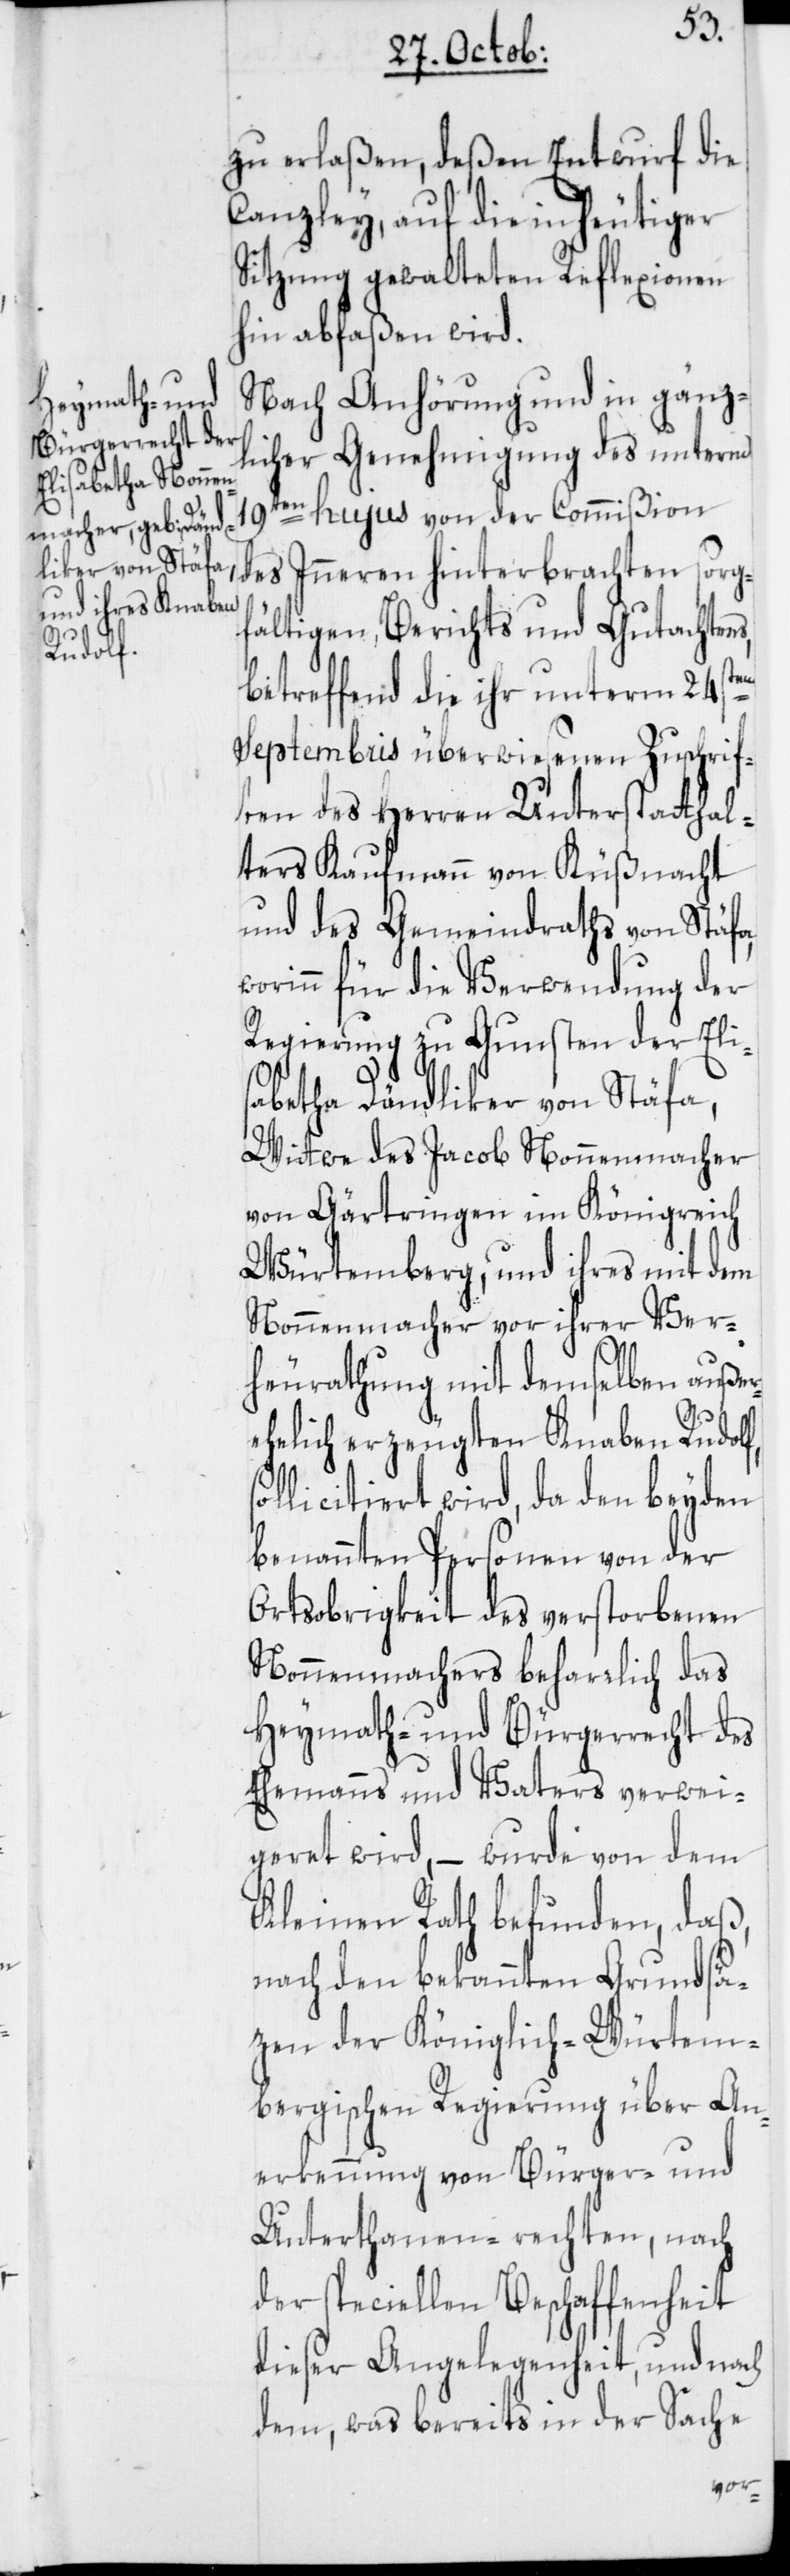
zu erlaßen, deßen Entwurf die
Canzley, auf die in heutiger
Sitzung gewalteten Reflexionen
hin abfaßen wird.
Nach Anhörung und in gänz¬
licher Genehmigung des unterm
19ten hujus von der Commißion
fältigen Berichts und Gutachtens,
s¬
betreffend die ihr unterm 24sten
Septembris überwiesenen Zuschrif¬
ten des Herren Unterstatthal¬
ters Kaufmann von Küßnacht
und des Gemeindraths von Stäfa,
worinn für die Verwendung der
Regierung zu Gunsten der Eli¬
sabetha Dändliker von Stäfa,
Wittwe des Jacob Nonnenmacher
von Gärtringen im Königreich
Würtemberg, und ihres mit dem
Nonnenmacher vor ihrer Ver¬
heurathung mit demselben außer¬
ehelich erzeugten Knaben Rudolf,
ollicitiert wird, da den beyden
benannten Personen von der
Ortsobrigkeit des verstorbenen
Nonnemachers beharrlich das
Heymath- und Bürgerrecht des
Ehemanns und Vaters verwei¬
geret wird, – wurde von dem
Kleinen Rath befunden, daß,
nach den bekannten Grundsät¬
zen der Königlich-Würtem¬
bergischen Regierung über An¬
erkennung von Bürger- und
Unterthanen-rechten, nach
der speciellen Beschaffenheit
dieser Angelegenheit, und nach
dem, was bereits in der Sache
sorg¬